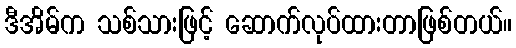
ဒီအိမ်က သစ်သားဖြင့် ဆောက်လုပ်ထားတာဖြစ်တယ်။